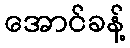
အောင်ခန့်